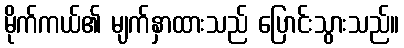
မိုက်ကယ်၏ မျက်နှာထားသည် ပြောင်းသွားသည်။